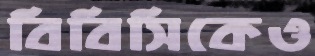
বিবিসিকেও